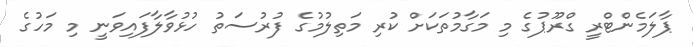
ޕާލަމެންޓްރީ ގްރޫޕުގެ މި މަގާމުތަކަށް ކުރި މަތިލުމުގެ ފުރުސަތު ހުޅުވާލާފައިވަނީ މި މަހުގެ